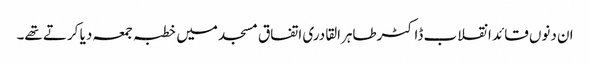
ان دنوں قائد انقلاب ڈاکٹرطاہرالقادری اتفاق مسجد میں خطبہ جمعہ دیا کرتے تھے۔